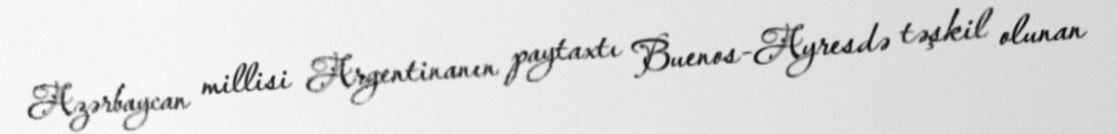
Azərbaycan millisi Argentinanın paytaxtı Buenos-Ayresdə təşkil olunan